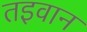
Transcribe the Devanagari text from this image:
तइवान